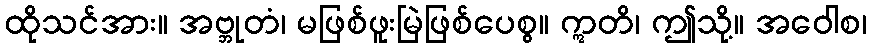
ထိုသင်အား။ အဗ္ဘုတံ၊ မဖြစ်ဖူးမြဲဖြစ်ပေစွ။ ဣတိ၊ ဤသို့။ အဝေါစ၊